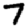
Digit: 7